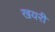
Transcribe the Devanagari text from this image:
खयरी